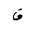
Letter: _qaf